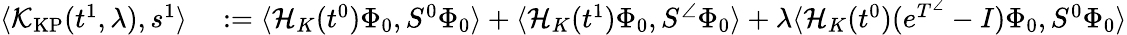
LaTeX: \begin{array}{rl}{\langle\mathcal{K}_{\mathrm{KP}}(t^{1},\lambda),s^{1}\rangle}&{{}:=\langle\mathcal{H}_{K}(t^{0})\Phi_{0},S^{0}\Phi_{0}\rangle+\langle\mathcal{H}_{K}(t^{1})\Phi_{0},S^{\angle}\Phi_{0}\rangle+\lambda\langle\mathcal{H}_{K}(t^{0})(e^{T^{\angle}}-I)\Phi_{0},S^{0}\Phi_{0}\rangle}\end{array}